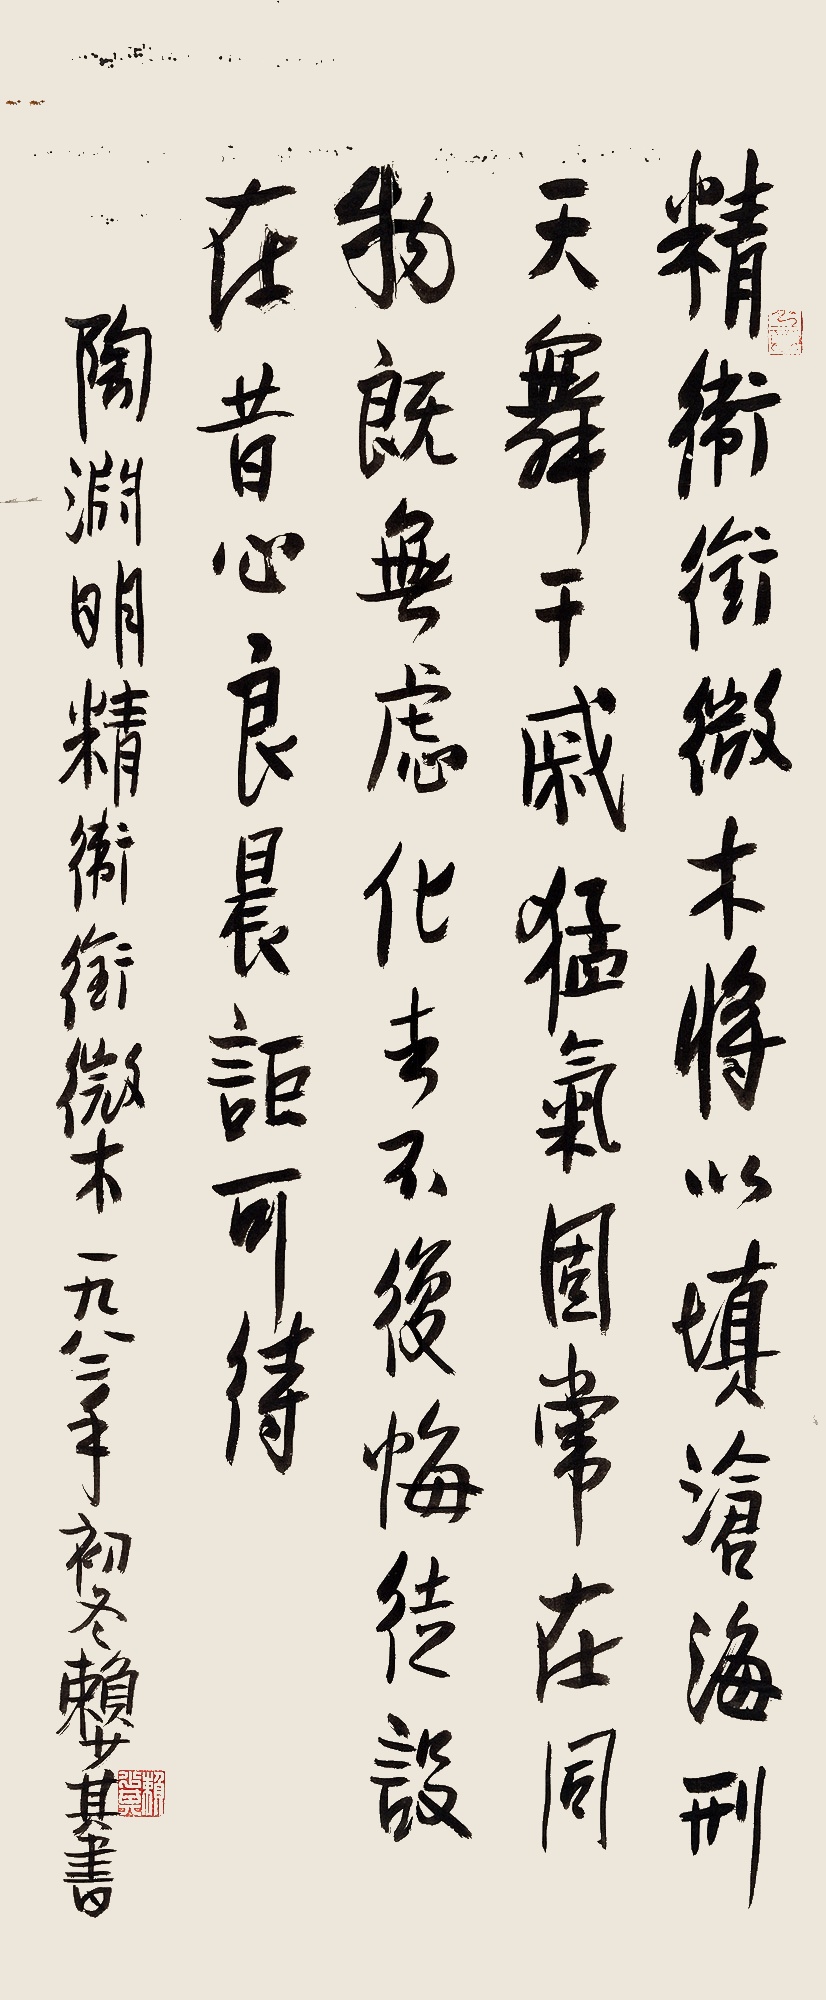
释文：精卫衔微木，将以填沧海。刑天舞干戚，猛气固常在。同物既无虑，化去不复悔。徒设在昔心，良辰讵可待。陶渊明精卫衔微木。一九八二年初冬，赖少其书。